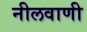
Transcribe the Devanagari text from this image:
नीलवाणी